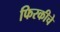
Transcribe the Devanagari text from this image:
फिरकीचे